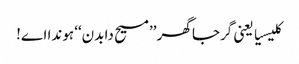
کلیسیا یعنی گرجا گھر ’’مسیح دا بدن‘‘ ہوندا اے!